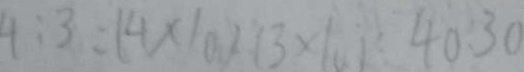
4 : 3 = ( 4 \times 1 0 ) : ( 3 \times 1 0 ) = 4 0 : 3 0